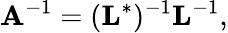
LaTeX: \mathbf{A}^{-1}=(\mathbf{L}^{*})^{-1}\mathbf{L}^{-1},